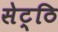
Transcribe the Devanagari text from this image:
सेट्ठि